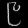
Digit: ၉